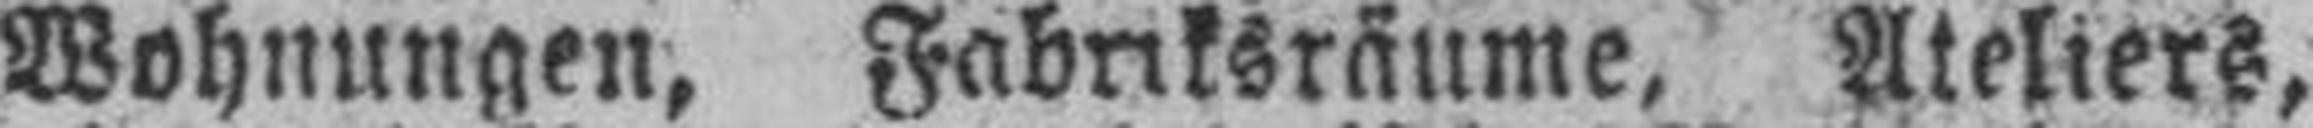
Wohnungen, Fabriksräume, Ateliers,